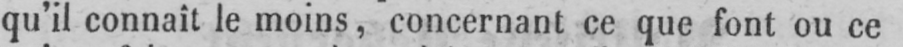
qu’il connaît le moins, concernant ce que font ou ce